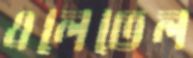
এলেভেল